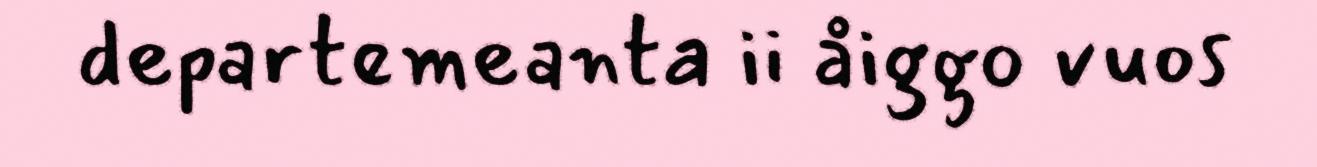
departemeanta ii åiggo vuos